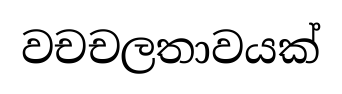
වචචලතාවයක්